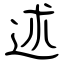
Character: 述